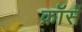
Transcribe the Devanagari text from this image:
क्रॉसें